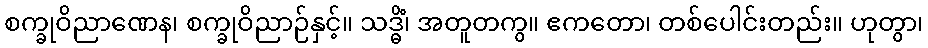
စက္ခုဝိညာဏေန၊ စက္ခုဝိညာဉ်နှင့်။ သဒ္ဓိံ၊ အတူတကွ။ ဧကတော၊ တစ်ပေါင်းတည်း။ ဟုတွာ၊